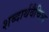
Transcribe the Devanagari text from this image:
शब्दार्थवैचित्र्य